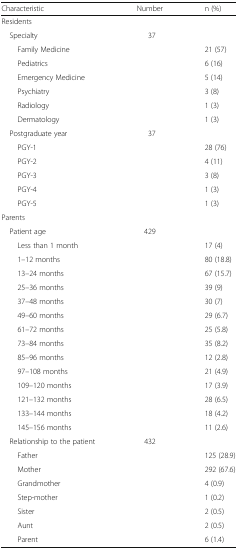
<table><thead><tr><td><b>Characteristic</b></td><td><b>Number</b></td><td><b>n (%)</b></td></tr></thead><tbody><tr><td colspan="3">Residents</td></tr><tr><td> Specialty</td><td>37</td><td></td></tr><tr><td>Family Medicine</td><td></td><td>21 (57)</td></tr><tr><td>Pediatrics</td><td></td><td>6 (16)</td></tr><tr><td>Emergency Medicine</td><td></td><td>5 (14)</td></tr><tr><td>Psychiatry</td><td></td><td>3 (8)</td></tr><tr><td>Radiology</td><td></td><td>1 (3)</td></tr><tr><td>Dermatology</td><td></td><td>1 (3)</td></tr><tr><td> Postgraduate year</td><td>37</td><td></td></tr><tr><td>PGY-1</td><td></td><td>28 (76)</td></tr><tr><td>PGY-2</td><td></td><td>4 (11)</td></tr><tr><td>PGY-3</td><td></td><td>3 (8)</td></tr><tr><td>PGY-4</td><td></td><td>1 (3)</td></tr><tr><td>PGY-5</td><td></td><td>1 (3)</td></tr><tr><td colspan="3">Parents</td></tr><tr><td> Patient age</td><td>429</td><td></td></tr><tr><td>Less than 1 month</td><td></td><td>17 (4)</td></tr><tr><td>1–12 months</td><td></td><td>80 (18.8)</td></tr><tr><td>13–24 months</td><td></td><td>67 (15.7)</td></tr><tr><td>25–36 months</td><td></td><td>39 (9)</td></tr><tr><td>37–48 months</td><td></td><td>30 (7)</td></tr><tr><td>49–60 months</td><td></td><td>29 (6.7)</td></tr><tr><td>61–72 months</td><td></td><td>25 (5.8)</td></tr><tr><td>73–84 months</td><td></td><td>35 (8.2)</td></tr><tr><td>85–96 months</td><td></td><td>12 (2.8)</td></tr><tr><td>97–108 months</td><td></td><td>21 (4.9)</td></tr><tr><td>109–120 months</td><td></td><td>17 (3.9)</td></tr><tr><td>121–132 months</td><td></td><td>28 (6.5)</td></tr><tr><td>133–144 months</td><td></td><td>18 (4.2)</td></tr><tr><td>145–156 months</td><td></td><td>11 (2.6)</td></tr><tr><td> Relationship to the patient</td><td>432</td><td></td></tr><tr><td>Father</td><td></td><td>125 (28.9)</td></tr><tr><td>Mother</td><td></td><td>292 (67.6)</td></tr><tr><td>Grandmother</td><td></td><td>4 (0.9)</td></tr><tr><td>Step-mother</td><td></td><td>1 (0.2)</td></tr><tr><td>Sister</td><td></td><td>2 (0.5)</td></tr><tr><td>Aunt</td><td></td><td>2 (0.5)</td></tr><tr><td>Parent</td><td></td><td>6 (1.4)</td></tr></tbody></table>